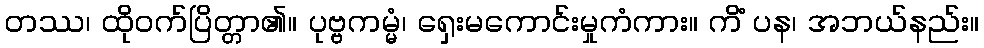
တဿ၊ ထိုဝက်ပြိတ္တာ၏။ ပုဗ္ဗကမ္မံ၊ ရှေးမကောင်းမှုကံကား။ ကိံ ပန၊ အဘယ်နည်း။